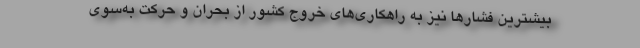
بیشترین فشارها نیز به راهکاری‌های خروج کشور از بحران و حرکت به‌سوی